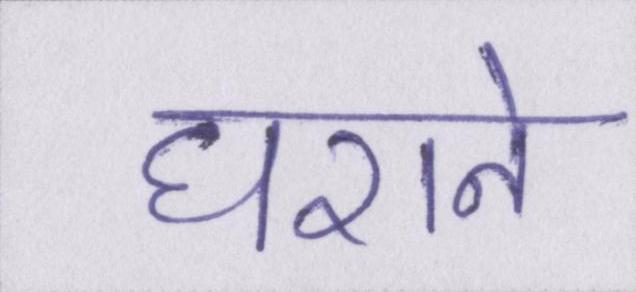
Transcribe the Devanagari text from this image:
घराने